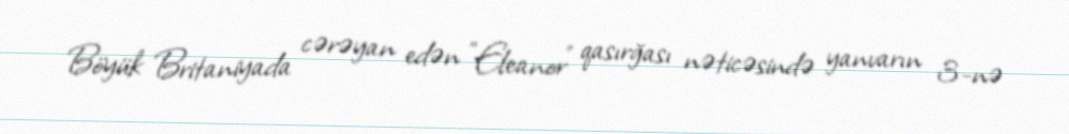
Böyük Britaniyada cərəyan edən "Eleanor" qasırğası nəticəsində yanvarın 3-nə